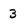
Character: 3